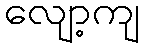
လျော့ကျ